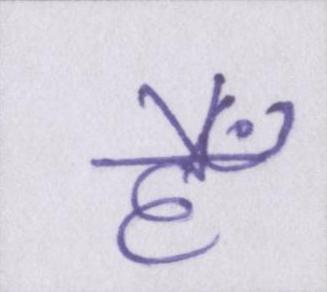
हैँ